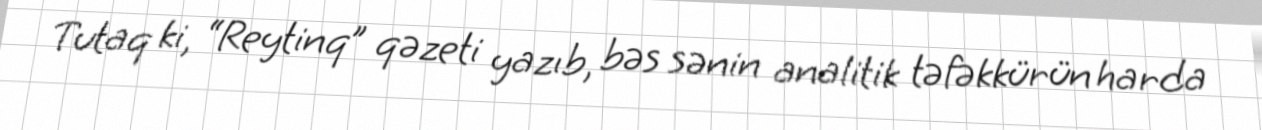
Tutaq ki, “Reytinq” qəzeti yazıb, bəs sənin analitik təfəkkürün harda